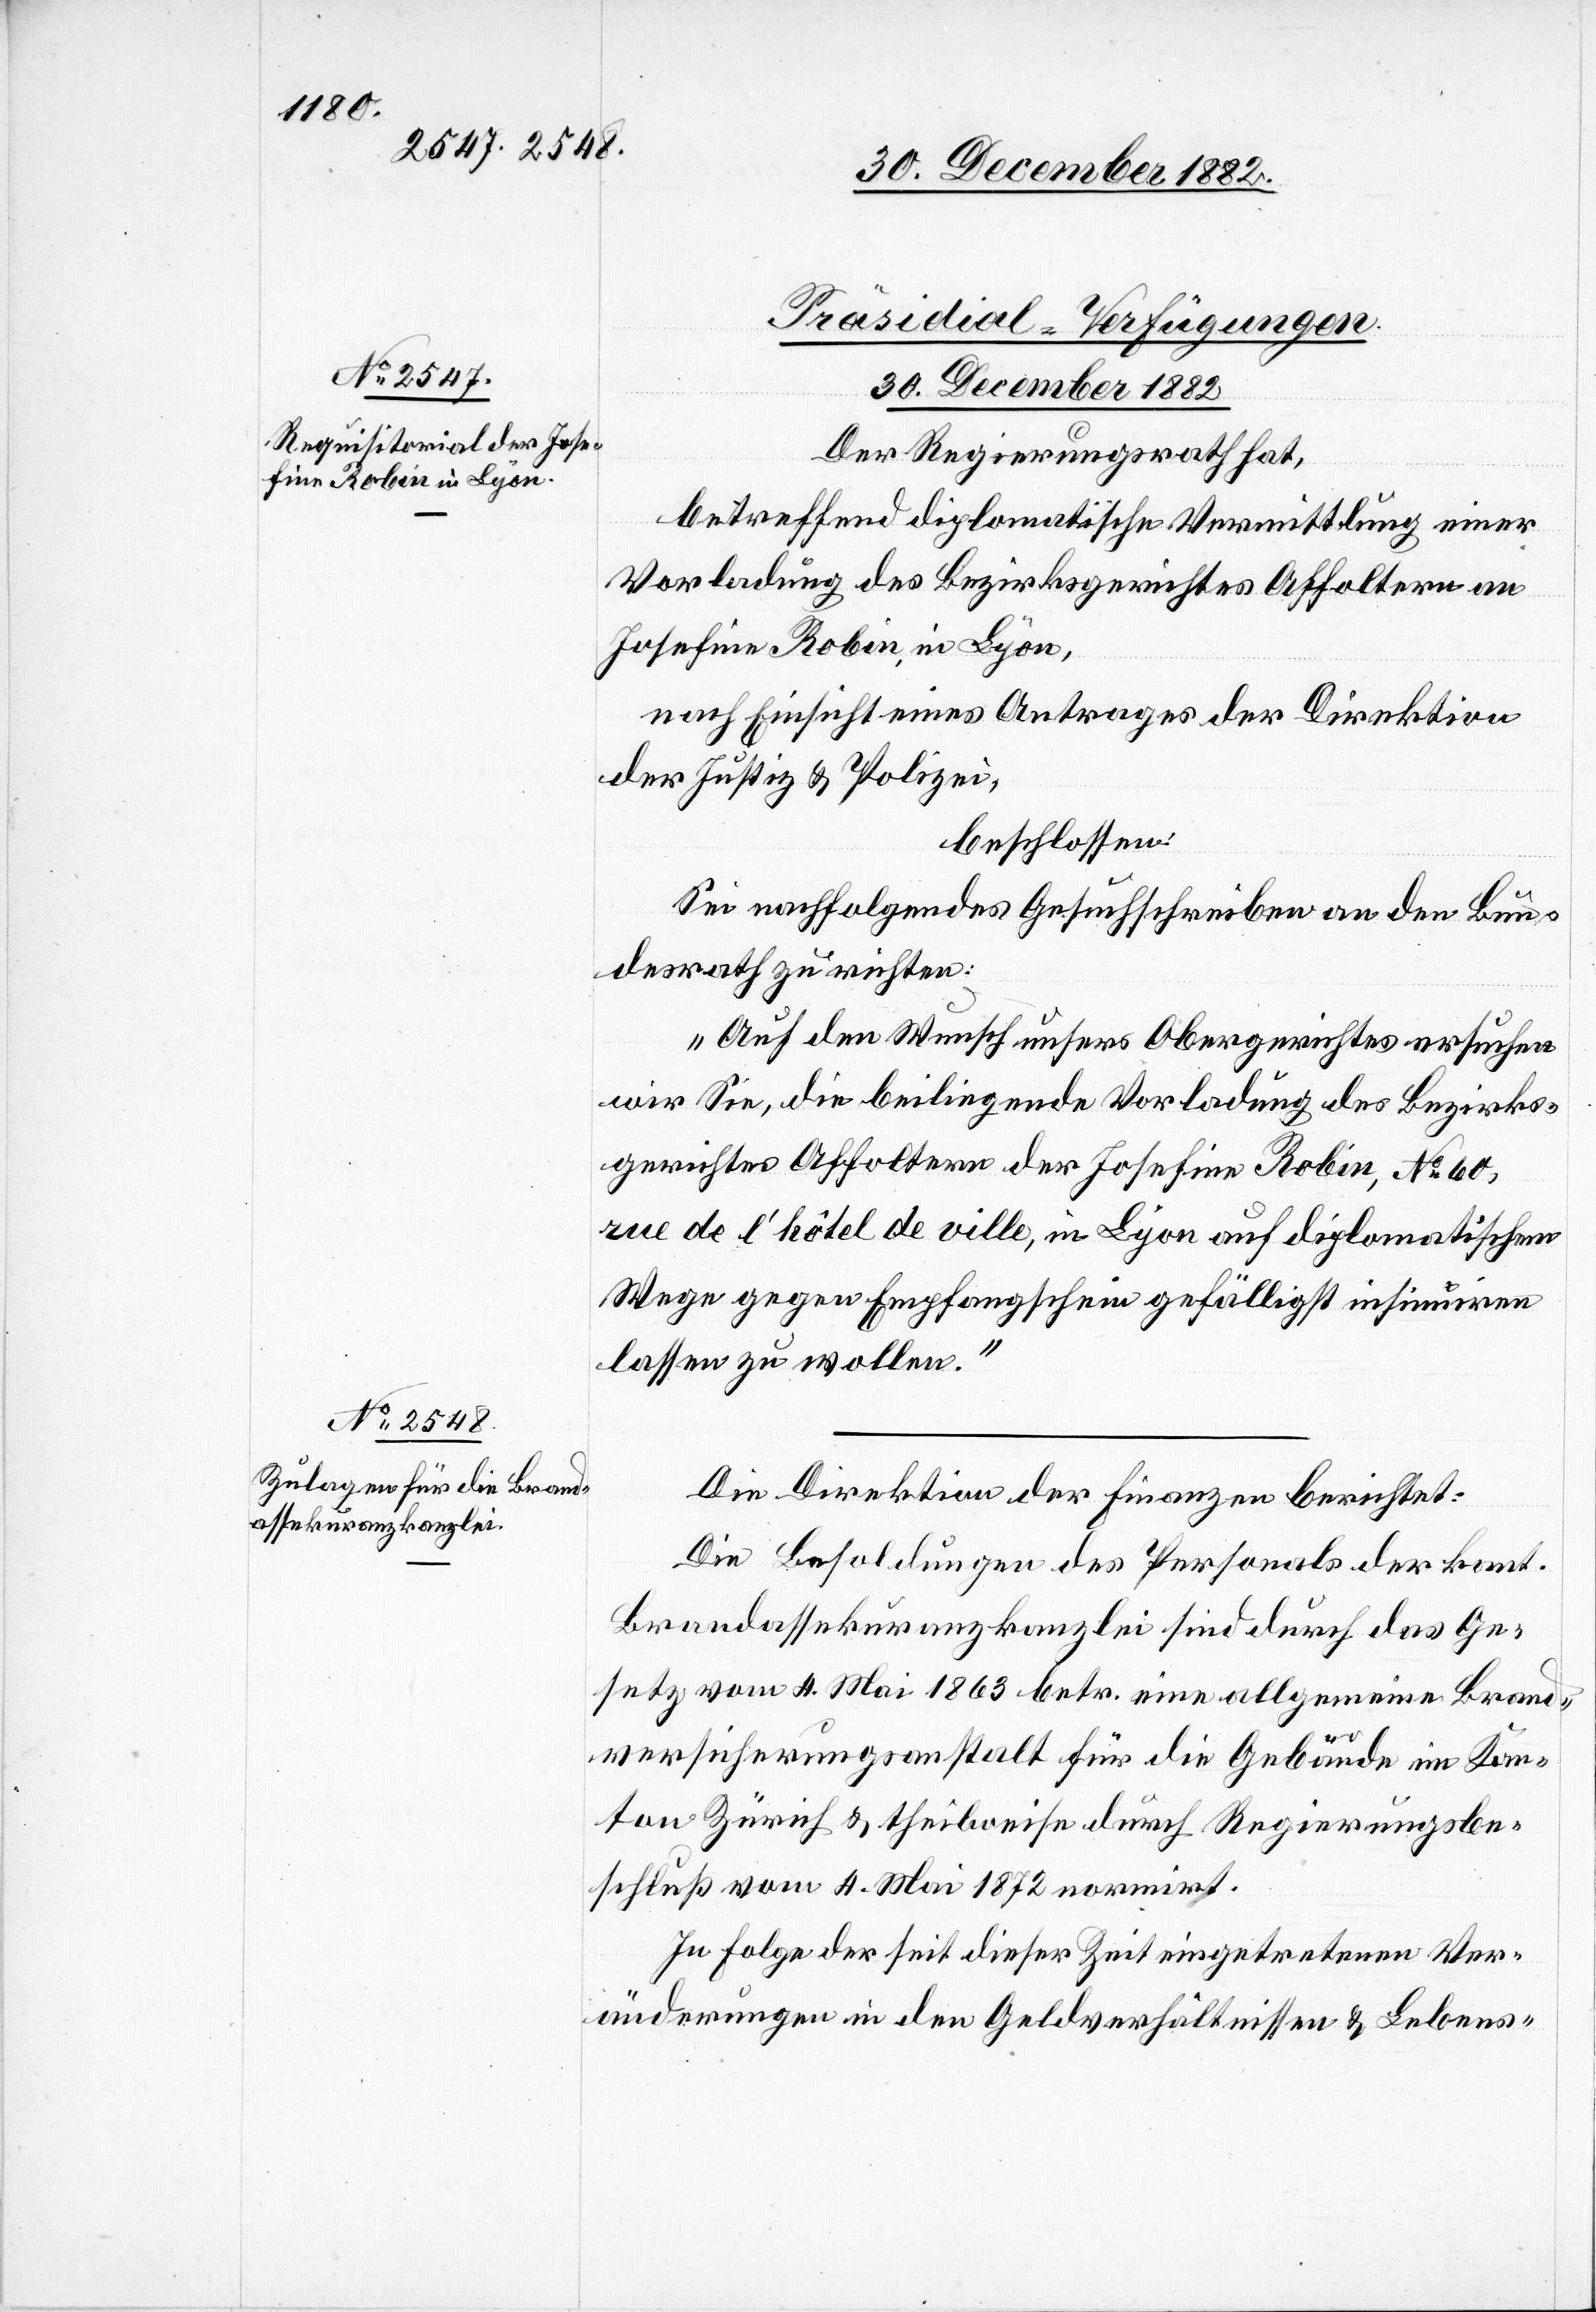
[Präsidial-Verfügungen.
30. December 1882]
Der Regierungsrath hat,
betreffend diplomatische Vermittlung einer
Vorladung des Bezirksgerichtes Affoltern an
Josefine Robin, in Lyon,
nach Einsicht eines Antrages der Direktion
der Justiz & Polizei,
beschlossen:
Sei nachfolgendes Gesuchschreiben an den Bun¬
desrath zu richten:
„Auf den Wunsch unsers Obergerichtes ersuchen
wir Sie, die beiliegende Vorladung des Bezirks¬
gerichtes Affoltern der Josefine Robin, No 60,
rue de l’hôtel de ville, in Lyon auf diplomatischem
Wege gegen Empfangschein gefälligst insinuiren
lassen zu wollen.“
Die Direktion des Innern berichtet:
Die Besoldungen des Personals der kant.
Brandassekuranzkanzlei sind durch das Ge¬
setz vom 4. Mai 1863 betr. eine allgemeine Brand¬
versicherungsanstalt für die Gebäude im Kan¬
ton Zürich & theilweise durch Regierungsbe¬
schluß vom 4. Mai 1872 normirt.
In Folge der seit dieser Zeit eingetretenen Ver¬
änderungen in den Geldverhältnissen & Lebens-